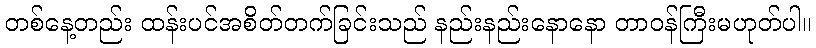
တစ်နေ့တည်း ထန်းပင်အစိတ်တက်ခြင်းသည် နည်းနည်းနောနော တာဝန်ကြီးမဟုတ်ပါ။